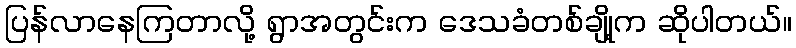
ပြန်လာနေကြတာလို့ ရွာအတွင်းက ဒေသခံတစ်ချို့က ဆိုပါတယ်။